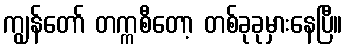
ကျွန်တော် တက္ကစီတော့ တစ်ခုခုမှားနေပြီ။